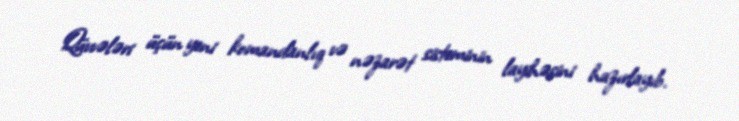
Qüvvələri üçün yeni komandanlıq və nəzarət sisteminin layihəsini hazırlayıb.